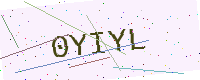
Text: 0YIYL